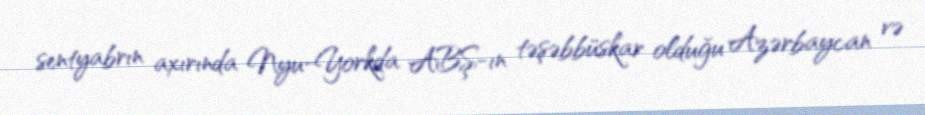
sentyabrın axırında Nyu-Yorkda ABŞ-ın təşəbbüskar olduğu Azərbaycan və